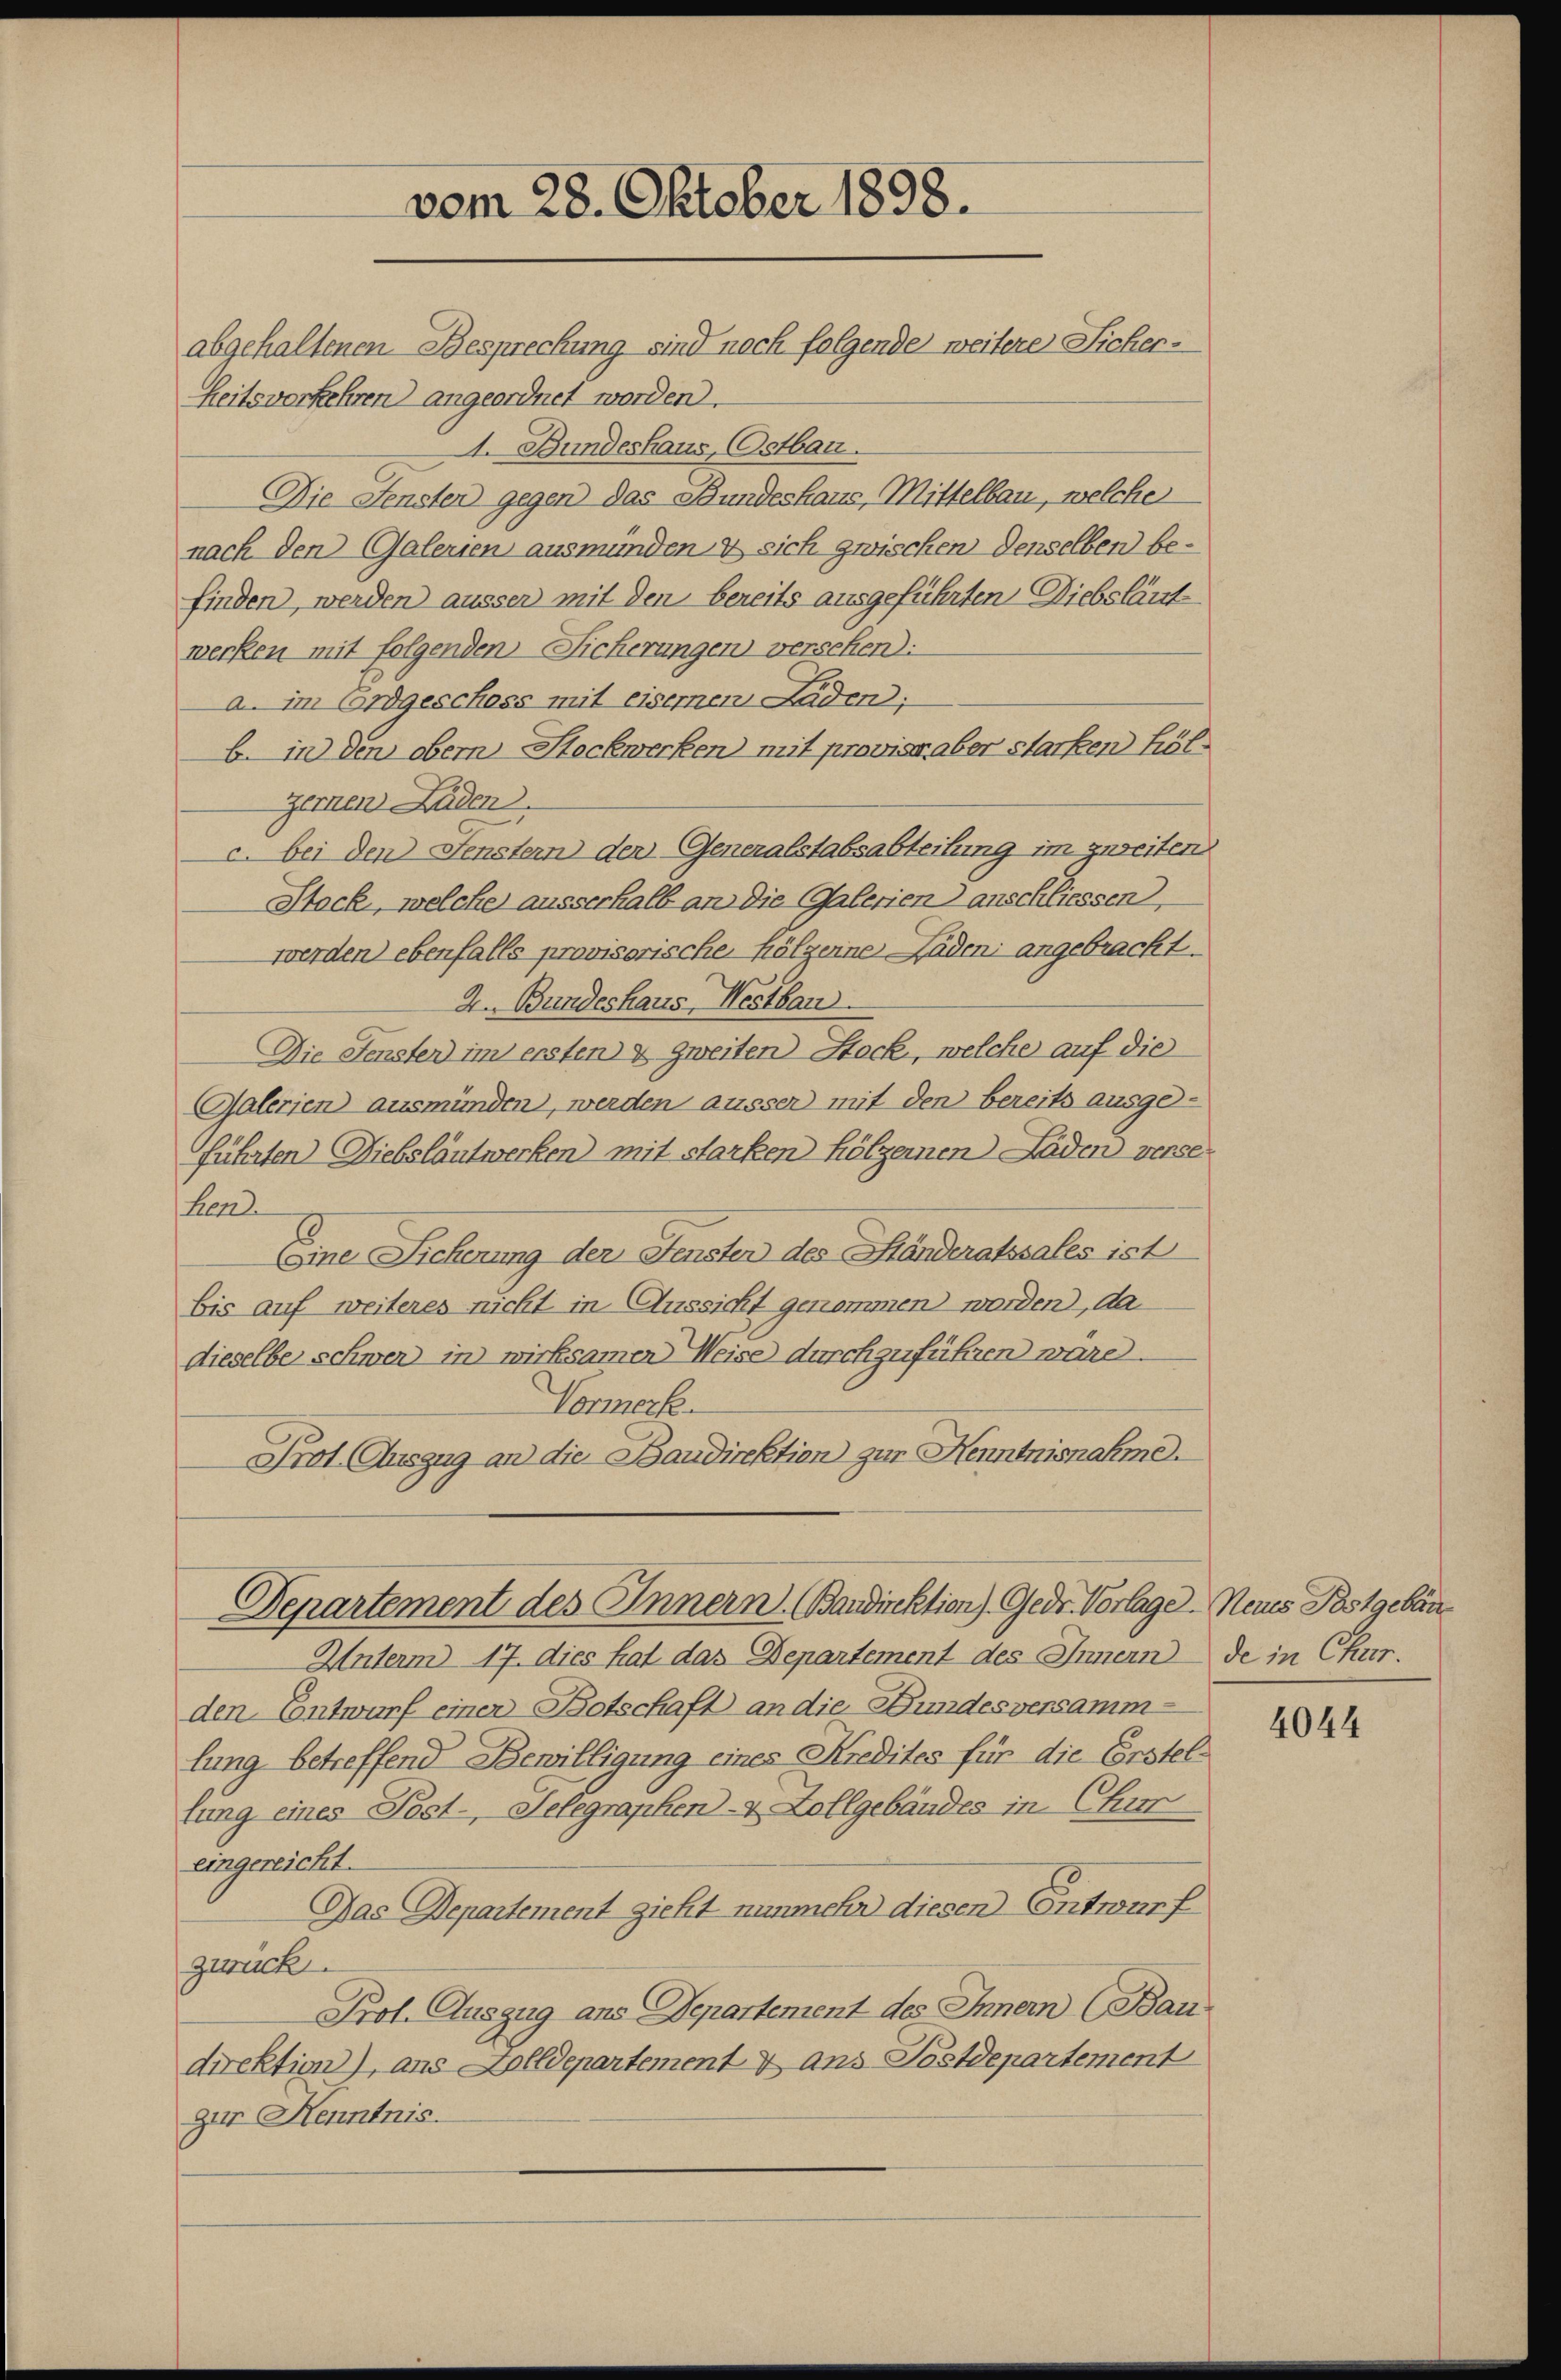
vom 28. Oktober 1898.
abgehaltenen Bespreckung sind noch folgende weitere Sicher-

Zeitsverkehren) angeordnet worden.
A. Bundeshaus, Ostbar.
Die Fensten gegen das Bundeshaus, Mittelbau, welche
nach den Galerien ausmünden sich zwischen denselben befinden, werden äusser mit den bereits ausgeführten Diebsläut
werken mit folgenden Sicherungen versehen:
a. im Erdgeschoss mit eiseren Laden;
b. in den obern Stockwerken) mit provise aber starken höl¬
Gernen Laden
c. bei den Fenstern der Generalstabsabteilung im zweiten.
Stack, welche ausserhalb an die Galerien anschliessen
werden ebenfalls provisorische hölzerne Laden angebracht.
2. Bundeshaus, Westbar.
Die Fenster im ersten & zweiten Stock, welche auf die
Galerien) ausmünden, werden äusser mit den bereits ausge-
führten Diebsläutwerken mit starken hölzernen Laden verse
Hen
Eine Sicherung der Fensten des Ständeratssales ist
bis auf weiteres richt in Aussicht genommen werden, da
dieselbe schwer in wirksamen Weise durchzuführen wäre.
Vormerke.
Prot. Auszug an die Baudirektion zur Kenntnisnahme.
Departement des Innern, Bandirektion) Gedr. Vorlage. Neues Postgebäu¬
Unterm 17. dies hat das Departement des Innern de in Chur.
den Entwurf einen Botschaft an die Bundesversammlung betreffend Bewilligung eines Kredites für die Erstellung eines Post- Selegraphen- & Zollgebäudes in Chir
eingereicht.
Das Departement zieht nunmehr diesen Entwurf
zurück.
Prot. Auszug ans Departement des Innern (Bau
direktion), ans Holldepartement & ans Postdepartement
zur Kenntnis.

4044